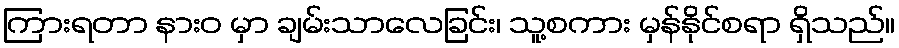
ကြားရတာ နားဝ မှာ ချမ်းသာလေခြင်း၊ သူ့စကား မှန်နိုင်စရာ ရှိသည်။